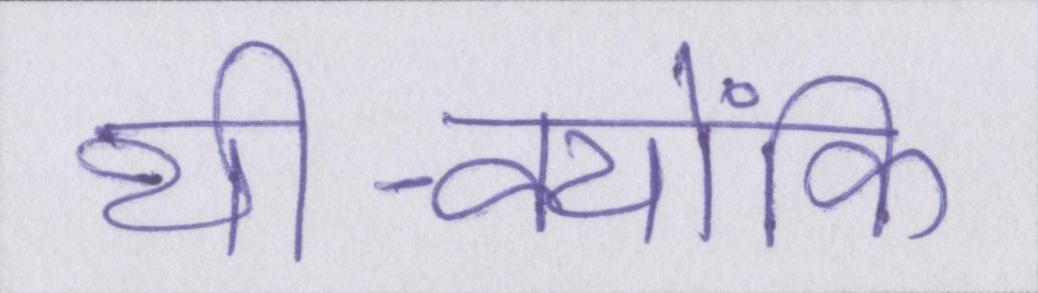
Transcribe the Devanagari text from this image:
थी-क्योंकि